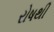
રોષથી